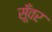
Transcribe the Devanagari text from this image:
सूँवर